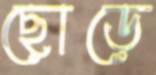
ছোড়ে